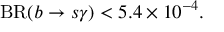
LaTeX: \mathrm { B R } ( b \to s \gamma ) < 5 . 4 \times 1 0 ^ { - 4 } .